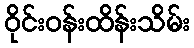
ဝိုင်းဝန်းထိန်းသိမ်း